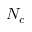
N _ { c }